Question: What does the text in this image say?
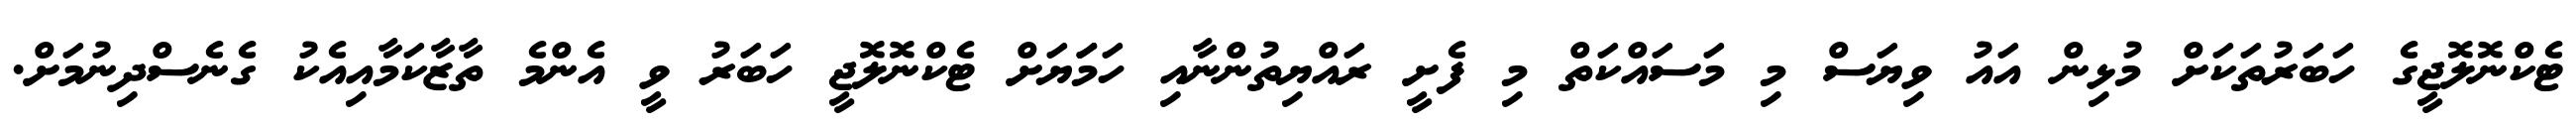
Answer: ޓެކްނޮލޮޖީގެ ހަބަރުތަކަށް މުޅިން އައު ވިޔަސް މި މަސައްކަތް މި ފެށީ ރައްޔިތުންނާއި ހަމަަޔަށް ޓެކްނޮލޮޖީ ހަބަރު ވީ އެންމެ ތާޒާކަމާއިއެކު ގެނެސްދިނުމަށް.